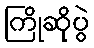
ကြိုဆိုပွဲ